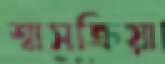
শ্বাসক্রিয়া